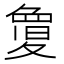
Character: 𭐬